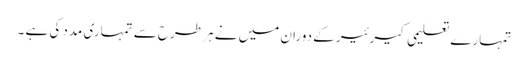
تمہارے تعلیمی کیرئیر کے دوران میں نے ہر طرح سے تمہاری مدد کی ہے ۔